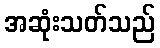
အဆုံးသတ်သည်